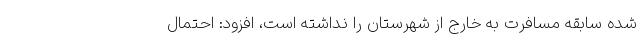
شده سابقه مسافرت به خارج از شهرستان را نداشته است، افزود: احتمال